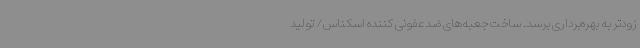
زودتر به بهره‌برداری برسد. ساخت جعبه‌های ضدعفونی کننده اسکناس/ تولید